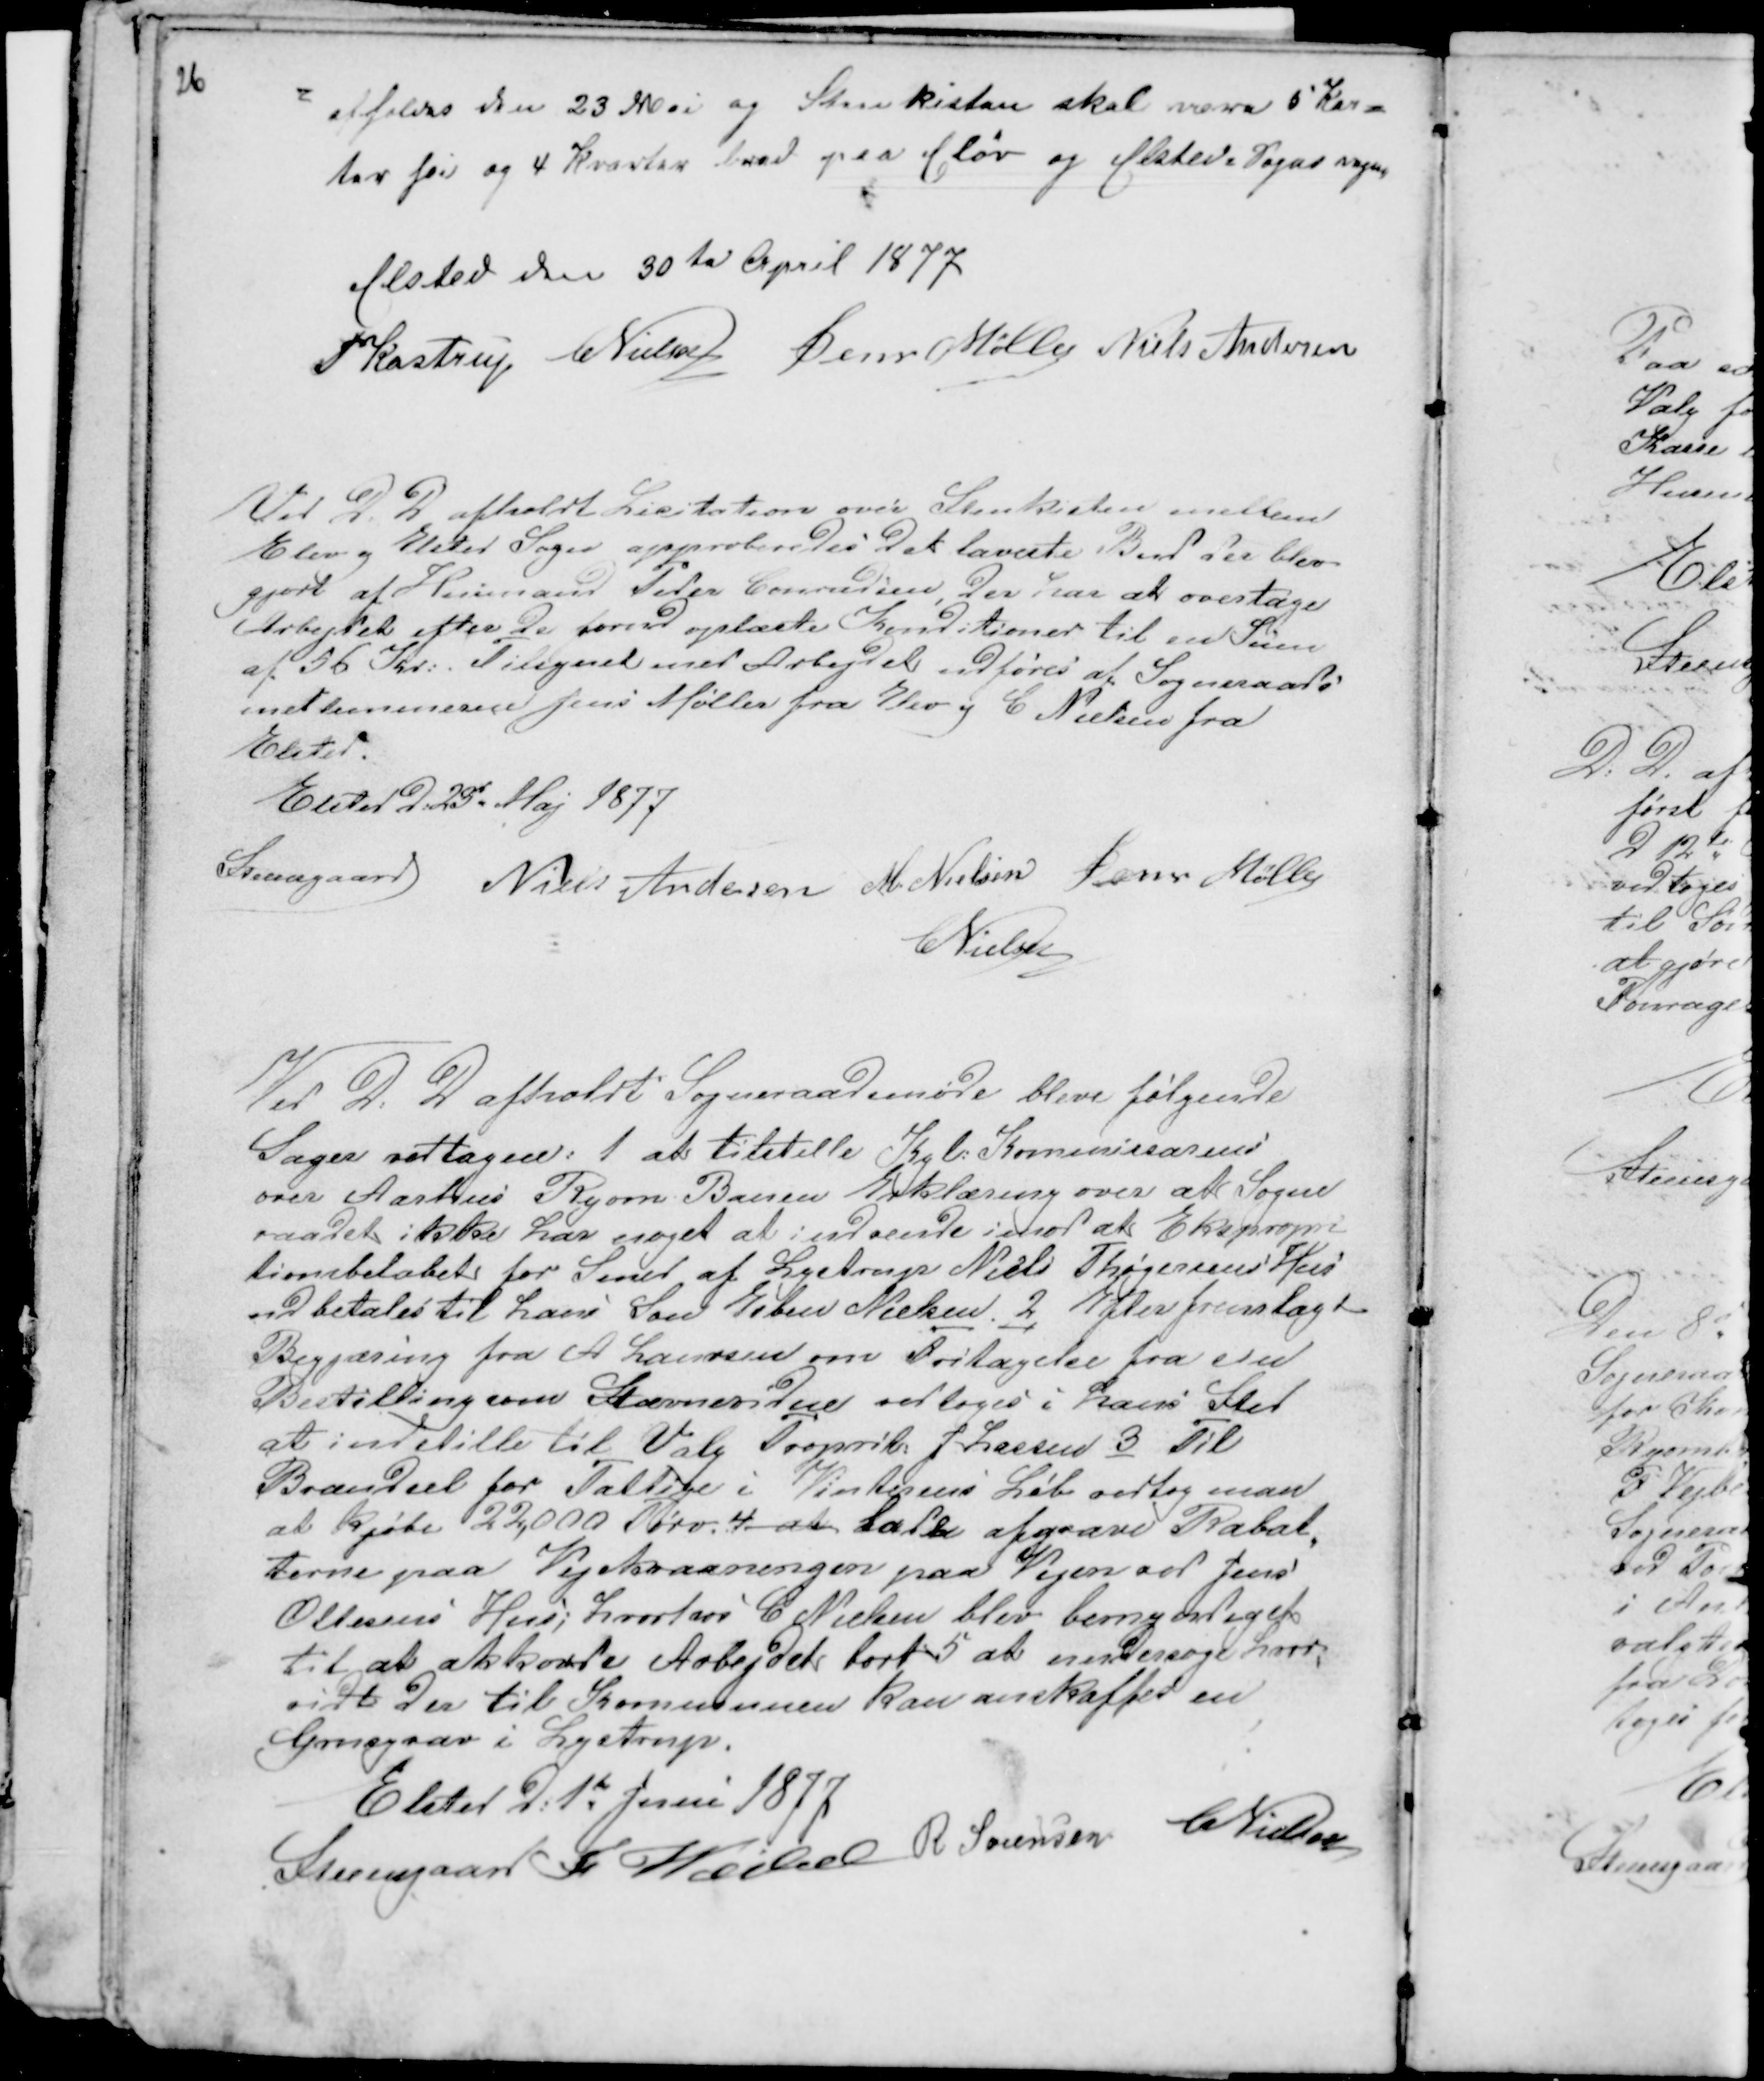
Transskription:
26

afholdes den 23 Mai og Stenkisten skal være 5 Kar-
ter høi og 4 Kvarter bred paa Elev og Elsted Sogns vegne
Elsted den 30te April 1877
PKastrup CNielsen Jens Møller Niels Andersen

Ved D D afholdt Licitation over Stenkisten mellem
Elev og Elsted Sogn approberedes det lavaste Bud der blev
gjort af Husmand Peder Conradsen, der har at overtage
Arbejdet efter de forud oplæste Konditioner til en Sum
af 56 Kr: Tilsynet med Arbejdet udføres af Sogneraads
medlemmerne Jens Møller fra Elev og C Nielsen fra
Elsted.
Elsted d: 23d Maj 1877
Steensgaard Niels Andersen M. Nielsen Jens Møller
CNielsen

Ved D: D afholdt Sogneraadsmøde bleve følgende
Sager vedtagne: 1 at tilstille Kgl: Kommissarius
over Aarhus Ryom Banen Erklæring over at Sogne
raadet ikke har noget at indvende imod at Ekspropri
tionsbeløbet for Smed af Lystrup Niels Thøgersens Hus
udbetales til hans Søn Esben Nielsen. 2 Efter fremlagte
Begjæring fra A Laursen om Fritagelse fra sin
Bestilling som Stævnevidne vedtoges i hans Sted
at indstille til Valg Proprit J Lassen 3 Til
Brændsel for Fattige i Vinterens Løb vedtog man
at kjøbe 22,000 Tørv. 4 at Lade afgrave Rabat-
terne paa Vejskraaningen paa Vejen ved Jens
Ottesens Hus; hvorhos C Nielsen blev bemyndiget
til at akkorde Arbejdet bort 5 at undersøge hvor-
vidt der til Kommunen kan anskaffes en
Grusgrav i Lystrup.
Elsted d: 1te Juni 1877
Steensgaard Fr Veibel R Sørensen
CNielsen